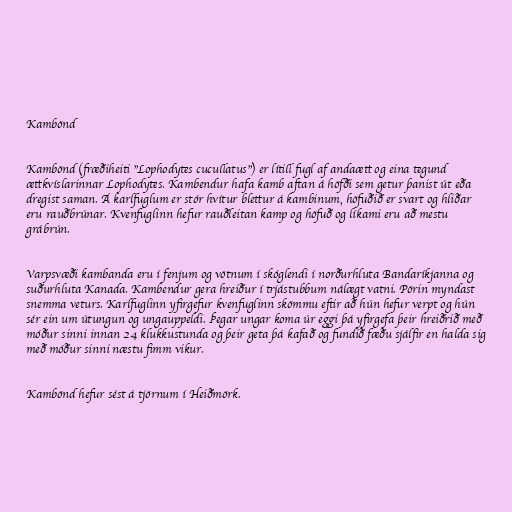
Kambönd

Kambönd (fræðiheiti "Lophodytes cucullatus") er lítill fugl af andaætt og eina tegund
ættkvíslarinnar Lophodytes. Kambendur hafa kamb aftan á höfði sem getur þanist út eða
dregist saman. Á karlfuglum er stór hvítur blettur á kambinum, höfuðið er svart og hliðar
eru rauðbrúnar. Kvenfuglinn hefur rauðleitan kamp og höfuð og líkami eru að mestu
grábrún.

Varpsvæði kambanda eru í fenjum og vötnum í skóglendi í norðurhluta Bandaríkjanna og
suðurhluta Kanada. Kambendur gera hreiður í trjástubbum nálægt vatni. Pörin myndast
snemma veturs. Karlfuglinn yfirgefur kvenfuglinn skömmu eftir að hún hefur verpt og hún
sér ein um útungun og ungauppeldi. Þegar ungar koma úr eggi þá yfirgefa þeir hreiðrið með
móður sinni innan 24 klukkustunda og þeir geta þá kafað og fundið fæðu sjálfir en halda sig
með móður sinni næstu fimm vikur.

Kambönd hefur sést á tjörnum í Heiðmörk.